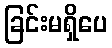
ခြင်းမရှိပေ